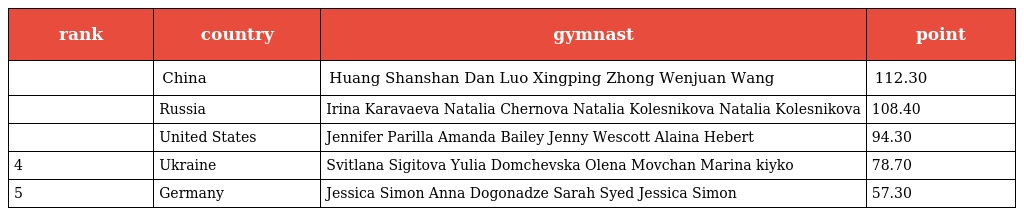
| rank | country | gymnast | point |
 | --- | --- | --- | --- |
 |  | China | Huang Shanshan Dan Luo Xingping Zhong Wenjuan Wang | 112.30 |
 |  | Russia | Irina Karavaeva Natalia Chernova Natalia Kolesnikova Natalia Kolesnikova | 108.40 |
 |  | United States | Jennifer Parilla Amanda Bailey Jenny Wescott Alaina Hebert | 94.30 |
 | 4 | Ukraine | Svitlana Sigitova Yulia Domchevska Olena Movchan Marina kiyko | 78.70 |
 | 5 | Germany | Jessica Simon Anna Dogonadze Sarah Syed Jessica Simon | 57.30 |